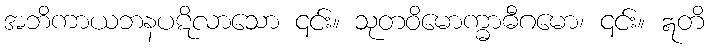
အဘိကာယဘနပဋိလာသော ၎င်း။ သုတဝိမောက္ဓာဓီဂမော၊ ၎င်း။ ဣတိ